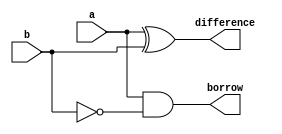
module halfSubtractor (
    output difference,borrow,input a,b
);
    wire w0;
    xor x0(difference,a,b);
    nor n0(w0,b);
    and a0(borrow,a,w0);
endmodule